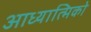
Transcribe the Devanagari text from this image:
आध्यात्मिको